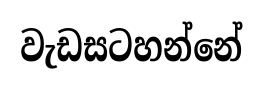
වැඩසටහන්නේ